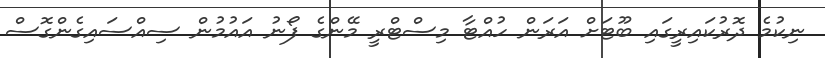
ނިކުމެ ދޮރުކައިރީގައި ބޫޓަށް އަރަން ހުއްޓާ މިސްޓްރީ މޭންގެ ފޯނު އައުމުން ސިއްސައިގެންގޮސް